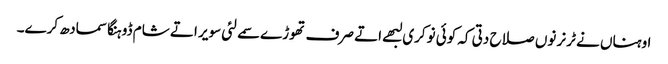
اوہناں نے ٹرنر نوں صلاح دتی کہ کوئی نوکری لبھے اتے صرف تھوڑے سمے لئی سویر اتے شام ڈوہنگا سمادھ کرے۔